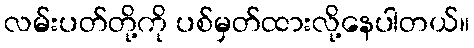
လမ်းပတ်တို့ကို ပစ်မှတ်ထားလို့နေပါတယ်။